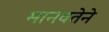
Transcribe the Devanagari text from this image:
मानवतेने